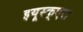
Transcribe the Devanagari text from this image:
इयूस्क्एरा